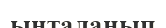
ынталанып